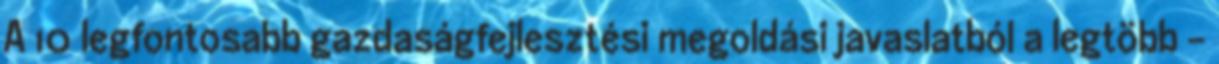
A 10 legfontosabb gazdaságfejlesztési megoldási javaslatból a legtöbb –